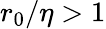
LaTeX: r_{0}/\eta>1